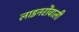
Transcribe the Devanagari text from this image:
लाइनरोंवाली